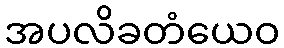
အပလိခတံယေဝ